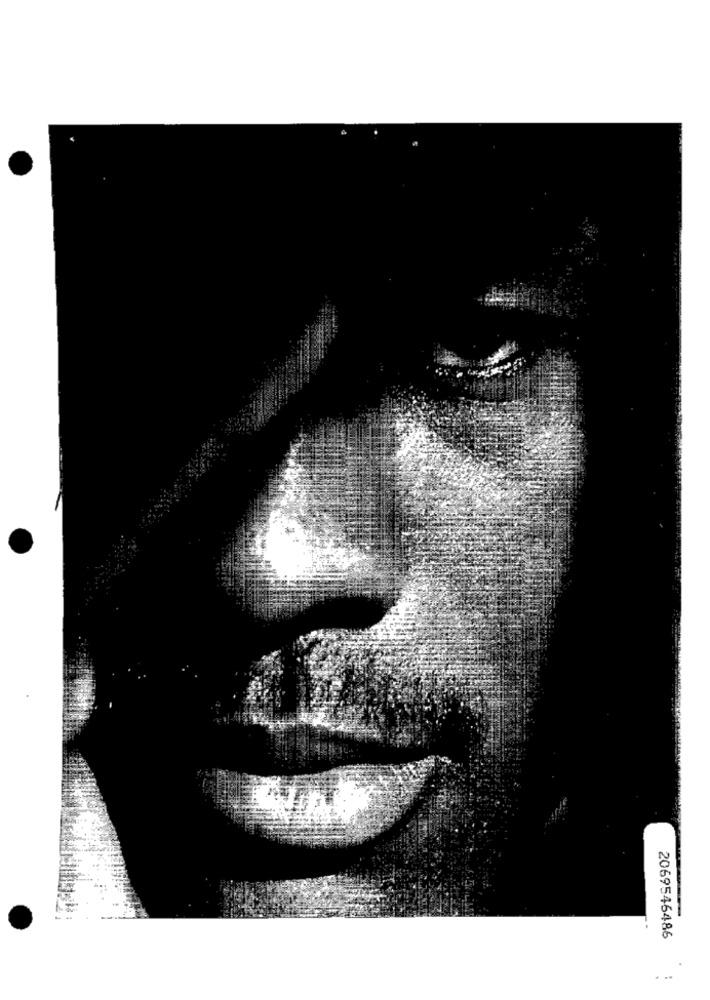
2069546486